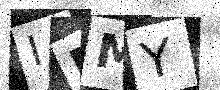
Text: IMMY